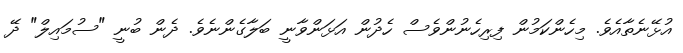
އުޅޭނެތާއެވެ. މިހެންކަމުން ފިރިހެނުންވެސް ހެދުން އަޅަންވާނީ ބަލާގެންނެވެ. ދެން ބުނީ "ސުމައިލް" ދޭ